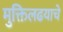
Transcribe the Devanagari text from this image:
मुक्तिलढयाचे